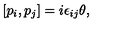
\left[ p _ { i } , p _ { j } \right] = i \epsilon _ { i j } \theta ,